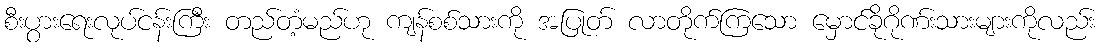
စီးပွားရေးလုပ်ငန်းကြီး တည်တံ့မည်ဟု ကျန်စစ်သားကို အပြုတ် လာတိုက်ကြသော မှောင်ခိုဂိုဏ်းသားများကိုလည်း